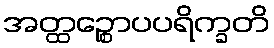
အတ္ထဉ္စောပပရိက္ခတိ